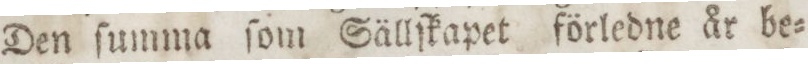
Den ſumma ſom Sällſkapet förledne år be=